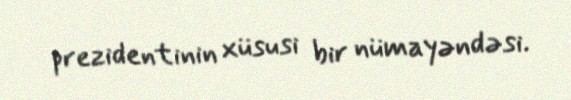
prezidentinin xüsusi bir nümayəndəsi.